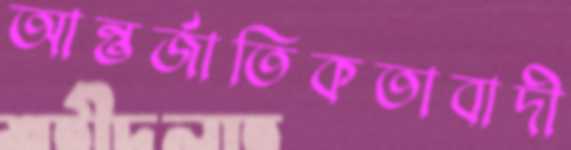
আন্তর্জাতিকতাবাদী